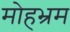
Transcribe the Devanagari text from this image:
मोहभ्रम